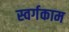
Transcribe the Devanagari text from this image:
स्वर्गकाम